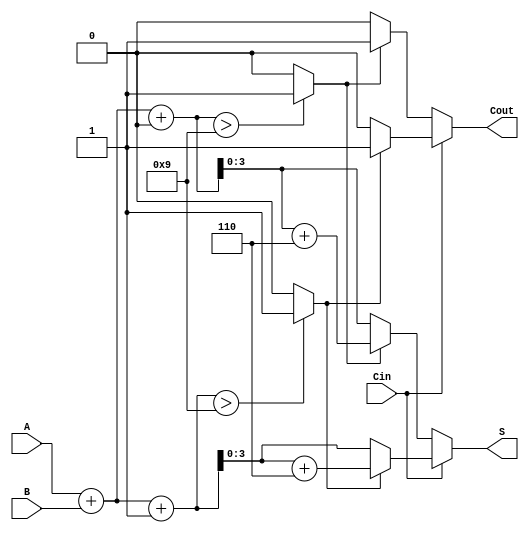
module BCD_Modified_Carry_Select_Adder (
    input  wire [3:0] A,           // First BCD digit
    input  wire [3:0] B,           // Second BCD digit
    input  wire Cin,                // Carry-in
    output reg [3:0] S,             // BCD sum output
    output reg Cout                 // Carry-out
);

    // Intermediate signals
    wire [4:0] S0;                 // Sum for Cin = 0 (5 bits to accommodate carry)
    wire [4:0] S1;                 // Sum for Cin = 1 (5 bits to accommodate carry)
    wire Cout0;                    // Carry-out for S0
    wire Cout1;                    // Carry-out for S1

    // Initial sum calculations
    assign S0 = A + B + 4'b0000;   // S0 for Cin = 0
    assign S1 = A + B + 4'b0001;   // S1 for Cin = 1

    // Determine carry-out for both sums
    assign Cout0 = (S0 > 4'b1001) ? 1'b1 : 1'b0; // BCD correction for S0
    assign Cout1 = (S1 > 4'b1001) ? 1'b1 : 1'b0; // BCD correction for S1

    // Carry Select Logic with BCD correction
    always @(*) begin
        if (Cin) begin
            // For Cin = 1, select S1
            if (Cout1) begin
                S = S1[3:0] + 4'b0110; // Correct if S1 exceeds 9
                Cout = 1'b1;           // Carry-out
            end else begin
                S = S1[3:0];
                Cout = 1'b0;           // No carry-out
            end
        end else begin
            // For Cin = 0, select S0
            if (Cout0) begin
                S = S0[3:0] + 4'b0110; // Correct if S0 exceeds 9
                Cout = 1'b1;           // Carry-out
            end else begin
                S = S0[3:0];
                Cout = 1'b0;           // No carry-out
            end
        end
    end

endmodule